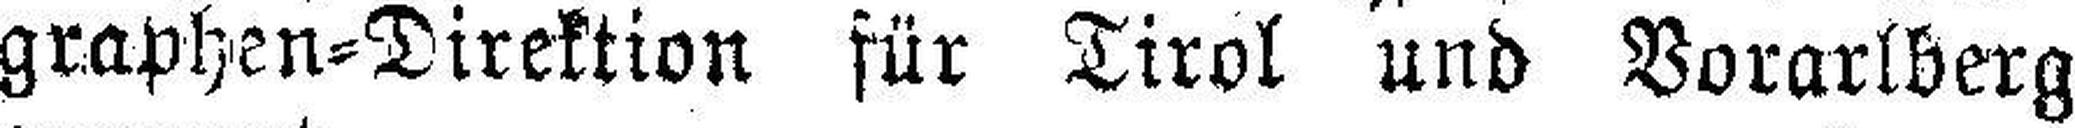
graphen=Direktion für Tirol und Vorarlberg